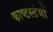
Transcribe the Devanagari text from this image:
काष्ठस्तंभों